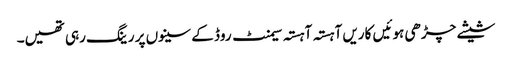
شیشے چڑھی ہوئیں کاریں آہستہ آہستہ سیمنٹ روڈ کے سینوں پر رینگ رہی تھیں۔